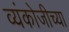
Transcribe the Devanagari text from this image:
व्यंकोजीच्या